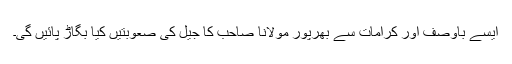
ایسے باوصف اور کرامات سے بھرپور مولانا صاحب کا جیل کی صعوبتیں کیا بگاڑ پائیں گی۔